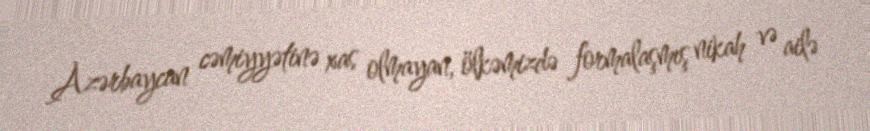
Azərbaycan cəmiyyətinə xas olmayan, ölkəmizdə formalaşmış nikah və ailə